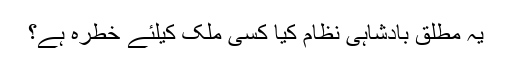
یہ مطلق بادشاہى نظام کیا کسى ملک کیلئے خطره ہے؟